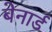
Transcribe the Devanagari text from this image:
बेनार्ड